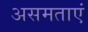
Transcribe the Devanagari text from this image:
असमताएं